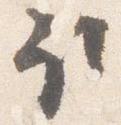
取